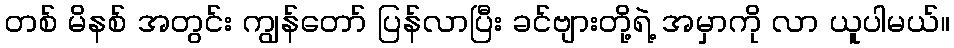
တစ် မိနစ် အတွင်း ကျွန်တော် ပြန်လာပြီး ခင်ဗျားတို့ရဲ့ အမှာကို လာ ယူပါမယ်။